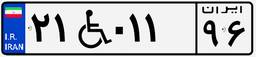
۲۱W۰۱۱۹۶